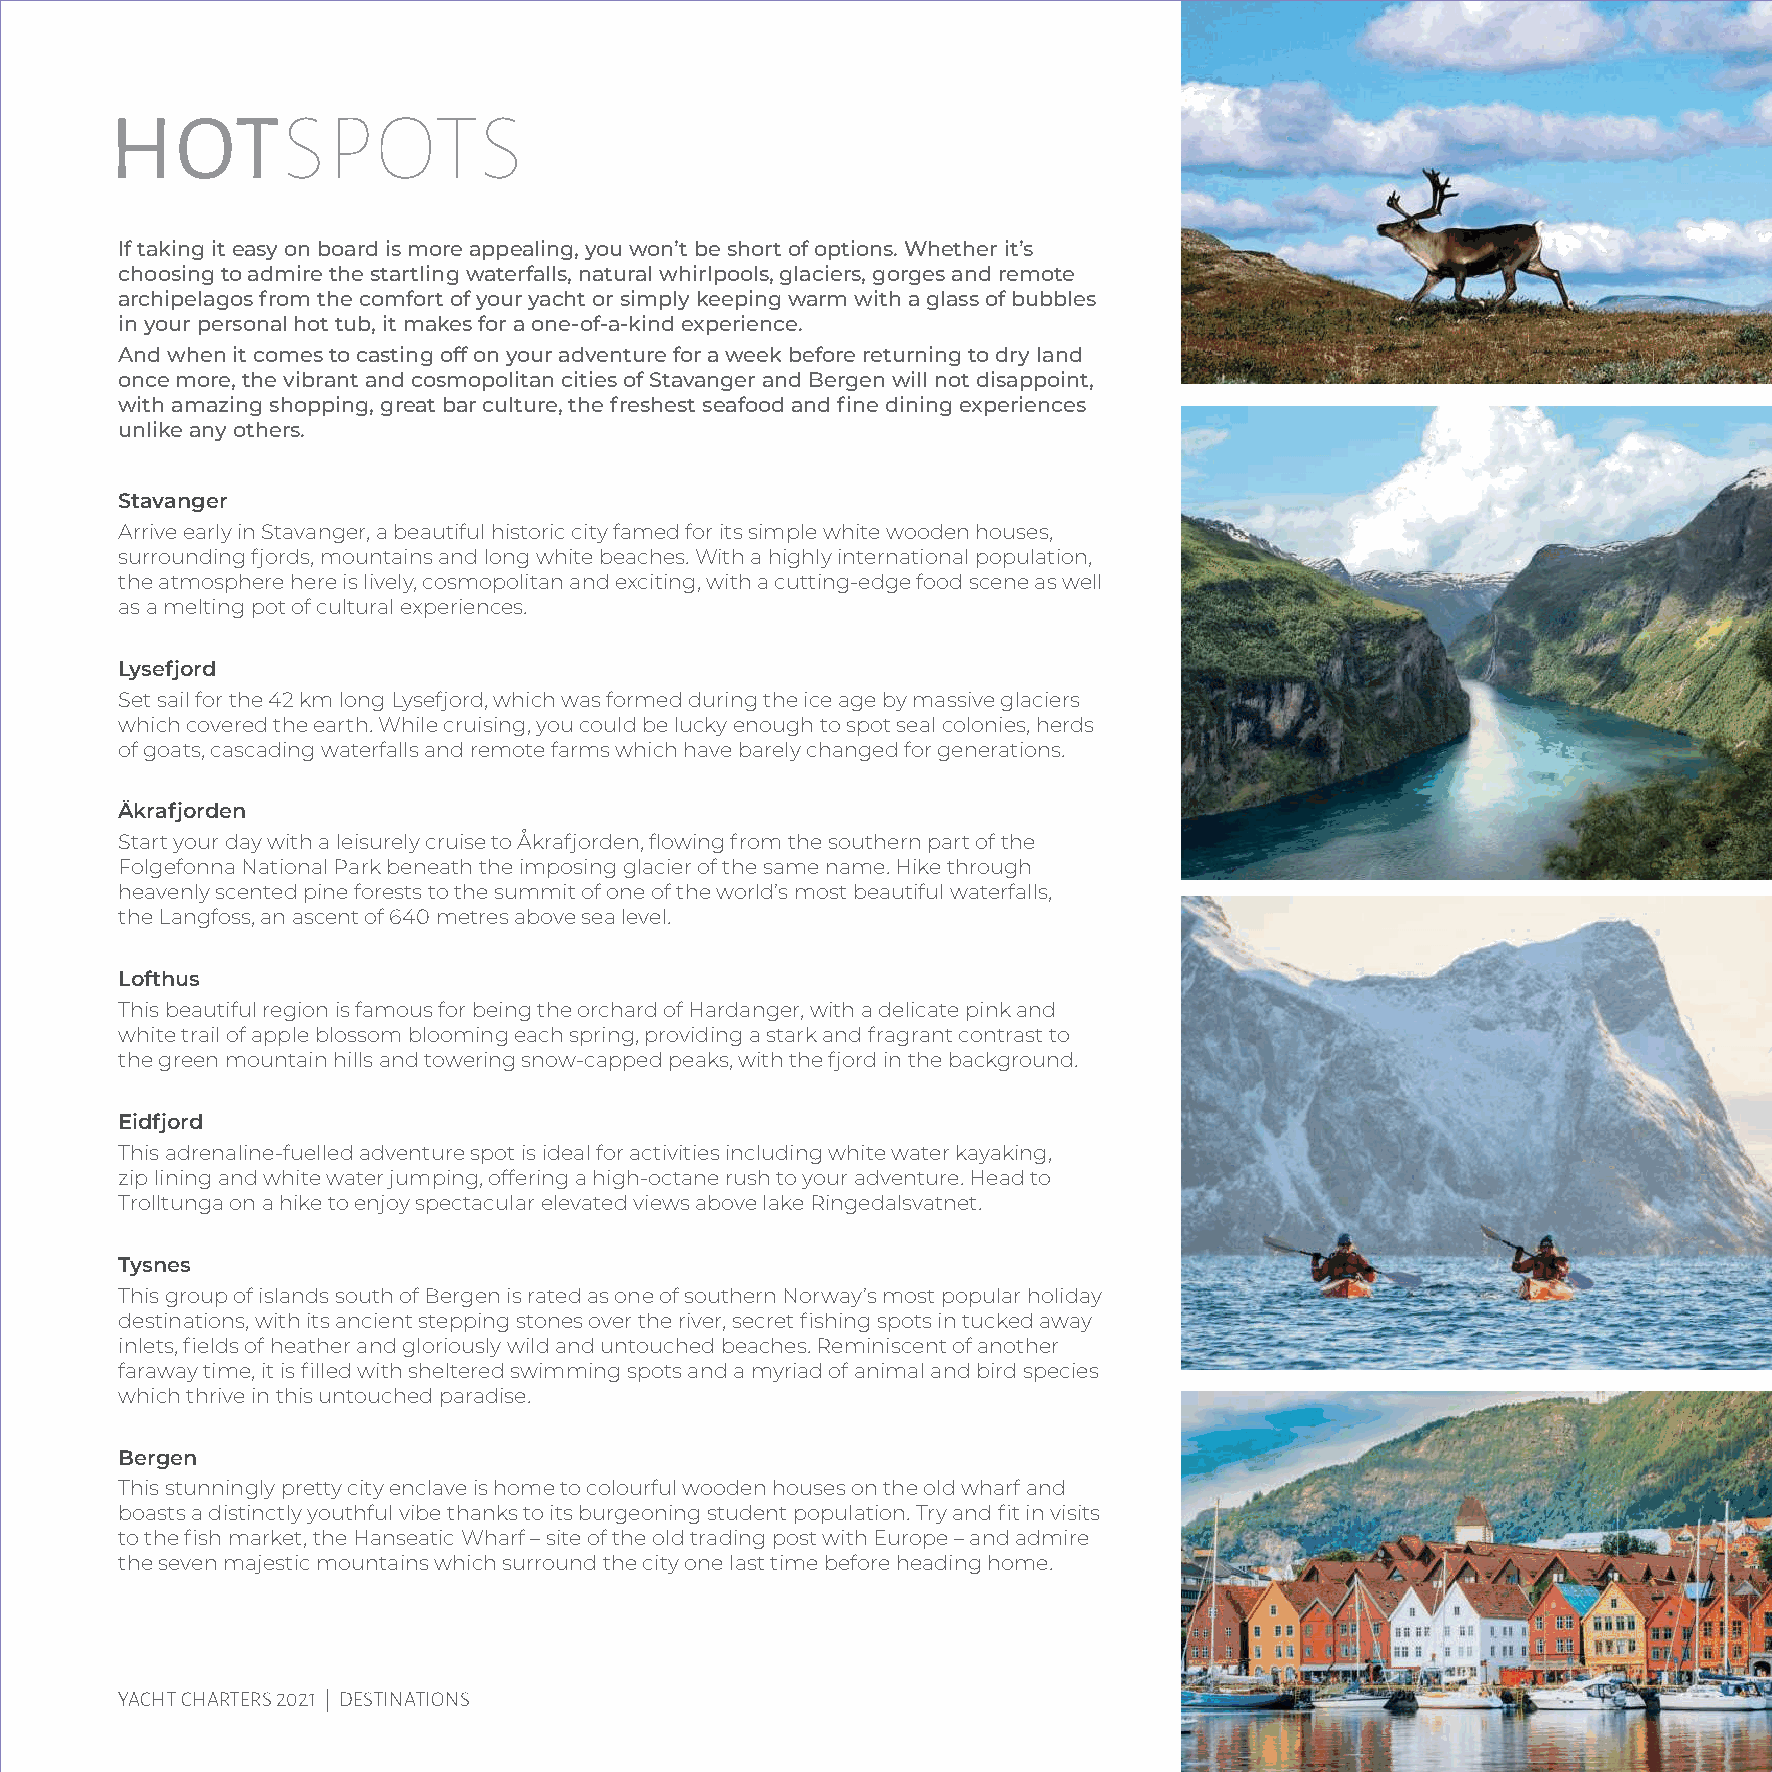
HOTSPOTS
 If taking it easy on board is more appealing, you won’t be short of options. Whether it’s
 choosing to admire the startling waterfalls, natural whirlpools, glaciers, gorges and remote
 archipelagos from the comfort of your yacht or simply keeping warm with a glass of bubbles
 in your personal hot tub, it makes for a one-of-a-kind experience.
 And when it comes to casting off on your adventure for a week before returning to dry land
 once more, the vibrant and cosmopolitan cities of Stavanger and Bergen will not disappoint,
 with amazing shopping, great bar culture, the freshest seafood and fine dining experiences
 unlike any others.
 Stavanger
 Arrive early in Stavanger, a beautiful historic city famed for its simple white wooden houses,
 surrounding fjords, mountains and long white beaches. With a highly international population,
 the atmosphere here is lively, cosmopolitan and exciting, with a cutting-edge food scene as well
 as a melting pot of cultural experiences.
 Lysefjord
 Set sail for the 42 km long Lysefjord, which was formed during the ice age by massive glaciers
 which covered the earth. While cruising, you could be lucky enough to spot seal colonies, herds
 of goats, cascading waterfalls and remote farms which have barely changed for generations.
 Äkrafjorden
 Start your day with a leisurely cruise to Åkrafjorden, flowing from the southern part of the
 Folgefonna National Park beneath the imposing glacier of the same name. Hike through
 heavenly scented pine forests to the summit of one of the world’s most beautiful waterfalls,
 the Langfoss, an ascent of 640 metres above sea level.
 Lofthus
 This beautiful region is famous for being the orchard of Hardanger, with a delicate pink and
 white trail of apple blossom blooming each spring, providing a stark and fragrant contrast to
 the green mountain hills and towering snow-capped peaks, with the fjord in the background.
 Eidfjord
 This adrenaline-fuelled adventure spot is ideal for activities including white water kayaking,
 zip lining and white water jumping, offering a high-octane rush to your adventure. Head to
 Trolltunga on a hike to enjoy spectacular elevated views above lake Ringedalsvatnet.
 Tysnes
 This group of islands south of Bergen is rated as one of southern Norway’s most popular holiday
 destinations, with its ancient stepping stones over the river, secret fishing spots in tucked away
 inlets, fields of heather and gloriously wild and untouched beaches. Reminiscent of another
 faraway time, it is filled with sheltered swimming spots and a myriad of animal and bird species
 which thrive in this untouched paradise.
 Bergen
 This stunningly pretty city enclave is home to colourful wooden houses on the old wharf and
 boasts a distinctly youthful vibe thanks to its burgeoning student population. Try and fit in visits
 to the fish market, the Hanseatic Wharf – site of the old trading post with Europe – and admire
 the seven majestic mountains which surround the city one last time before heading home.
 81
 YACHT CHARTERS 2021 | DESTINATIONS